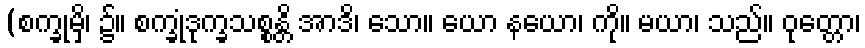
(စက္ခုမှိ၊ ၌။ စက္ခုံဒုက္ခသစ္စန္တိ အာဒိ၊ သော။ ယော နယော၊ ကို။ မယာ၊ သည်။ ဝုတ္တော၊